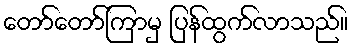
တော်တော်ကြာမှ ပြန်ထွက်လာသည်။